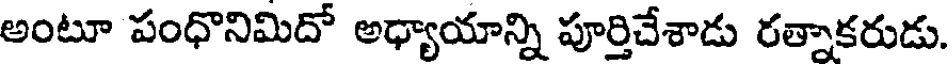
అంటూ పంధొనిమిదో అధ్యాయాన్ని పూర్తిచేశాడు రత్నాకరుడు.